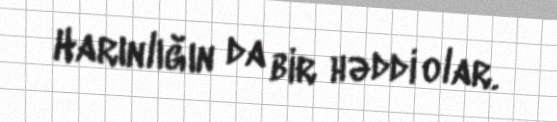
Harınlığın da bir həddi olar.